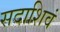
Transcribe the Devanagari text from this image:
सदाशिवं